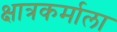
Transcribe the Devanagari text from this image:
क्षात्रकर्माला